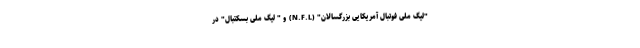
"لیگ ملی فوتبال آمریکایی بزرگسالان" (N.F.L) و " لیگ ملی بسکتبال" در